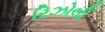
રિઝોલી